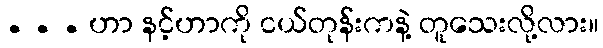
. . . ဟာ နင့်ဟာကို ငယ်တုန်းကနဲ့ တူသေးလို့လား။